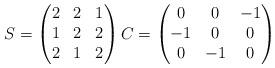
LaTeX: \begin{align*}S=\begin{pmatrix}2 & 2 & 1\\1 & 2 & 2\\2 & 1 & 2\end{pmatrix}C=\begin{pmatrix}0 & 0 & -1\\-1 & 0 & 0\\0 & -1 & 0\end{pmatrix}\end{align*}